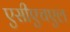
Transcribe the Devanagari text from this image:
एसीएचएल